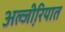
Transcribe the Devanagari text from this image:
अल्जी़रियात